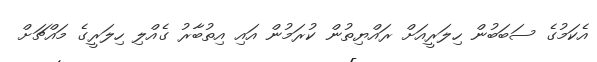
އެކަމުގެ ސަބަބުން ހިލަރީއަށް ރައްޔިތުން ކުރަމުން އައި އިތުބާރު ގެއްލި ހިލަރީގެ މައްޗަށް